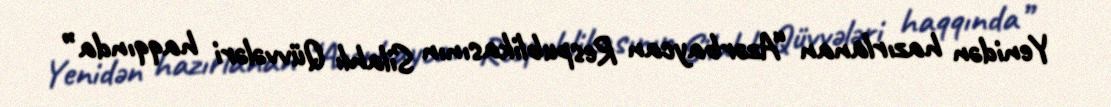
Yenidən hazırlanan “Azərbaycan Respublikasının Silahlı Qüvvələri haqqında”